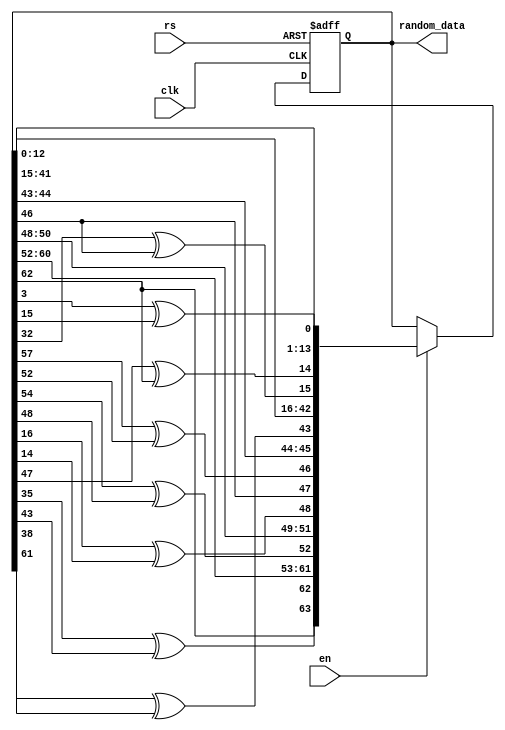
module new_random
#(parameter BITS = 64, INITIAL_VALUE = 64'h 5083_e3e3_8587_694b)(
input clk, en, rs,
output [BITS-1:0] random_data
    );
    
reg [BITS-1:0] shift_reg;
integer i;
assign random_data = shift_reg;

initial begin shift_reg = INITIAL_VALUE; end

always @(posedge clk or posedge rs)
    begin
        if(rs)
            begin
              shift_reg <= INITIAL_VALUE;  
            end
        else if(en)
            begin
                if(en)
                    begin
                        for (i = 1; i<BITS; i = i + 1)
                            begin
                                shift_reg[0] <= ((shift_reg[3] ^ shift_reg[15]));
                                shift_reg[15] <= ((shift_reg[32] ^ shift_reg[46]));
                                shift_reg[46] <= ((shift_reg[57] ^ shift_reg[52]));
                                shift_reg[52] <= ((shift_reg[54] ^ shift_reg[48]));
                                shift_reg[48] <= ((shift_reg[16] ^ shift_reg[14]));
                                shift_reg[14] <= ((shift_reg[47] ^ shift_reg[62]));
                                shift_reg[62] <= ((shift_reg[35] ^ shift_reg[43]));
                                shift_reg[43] <= ((shift_reg[38] ^ shift_reg[61]));
                                shift_reg[i] <= shift_reg[i-1];
                            end //for
                    end  //begin
                else
                    shift_reg[i] <= shift_reg[i];        
            end
    end

endmodule

module random_gen_neg
#(parameter BITS = 64,  INITIAL_VALUE = 64'h 5083_e3e3_8587_694b)(
input clk, en, rs,
output [BITS-1:0] random_data
    );
    
reg [BITS-1:0] shift_reg;
integer i;
assign random_data = shift_reg;

initial begin shift_reg = INITIAL_VALUE; end

always @(negedge clk or posedge rs)
    begin
        if(rs)
            begin
              shift_reg <= INITIAL_VALUE;  
            end
        else
            begin
                if(en)
                    begin
                        for (i = 1; i<BITS; i = i + 1)
                            begin
                                shift_reg[0] <= ((shift_reg[3] ^ shift_reg[15]));
                                shift_reg[15] <= ((shift_reg[32] ^ shift_reg[46]));
                                shift_reg[46] <= ((shift_reg[57] ^ shift_reg[52]));
                                shift_reg[52] <= ((shift_reg[54] ^ shift_reg[48]));
                                shift_reg[48] <= ((shift_reg[16] ^ shift_reg[14]));
                                shift_reg[14] <= ((shift_reg[47] ^ shift_reg[62]));
                                shift_reg[62] <= ((shift_reg[35] ^ shift_reg[43]));
                                shift_reg[43] <= ((shift_reg[38] ^ shift_reg[61]));
                                shift_reg[i] <= shift_reg[i-1];
                            end //for
                    end  //begin
                else
                    shift_reg[i] <= shift_reg[i];        
            end
    end
endmodule